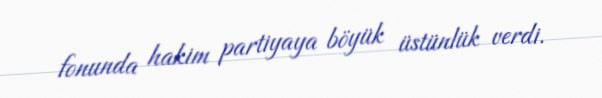
fonunda hakim partiyaya böyük üstünlük verdi.